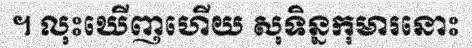
។ លុះឃើញហើយ សុទិន្នកុមារនោះ